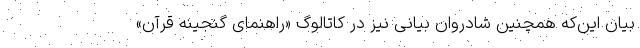
بیان این‌که همچنین شادروان بیانی نیز در کاتالوگ «راهنمای گنجینه قرآن»